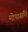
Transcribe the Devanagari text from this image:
मोपासाँने